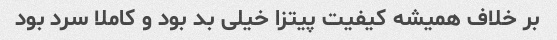
بر خلاف همیشه کیفیت پیتزا خیلی بد بود و کاملا سرد بود